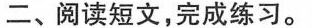
二、阅读短文，完成练习。